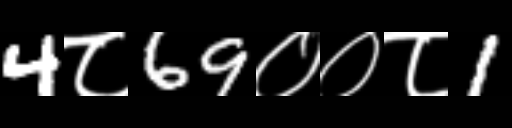
Text: 4८69००८1